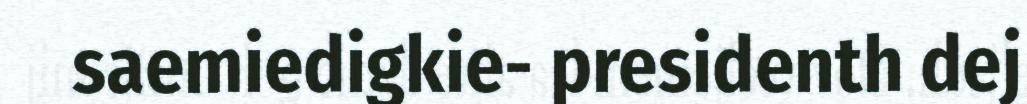
saemiedigkie- presidenth dej